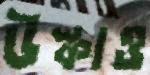
উস্‌কাও